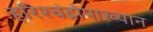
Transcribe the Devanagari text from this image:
हरिश्चंद्रोपाख्यान